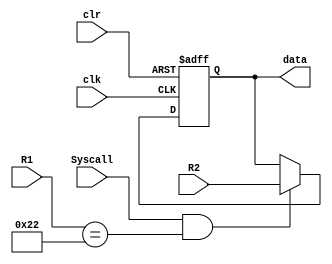
`timescale 1ns / 1ps
module LedData(Syscall, R1, R2, clk, clr, data);
    input Syscall, clk, clr;
    input [31:0] R1, R2;
    output reg [31:0]data;
    wire show;
    assign show = Syscall & (R1 == 34);
    

    initial begin
        data = 0;
    end
    
    always @(posedge clr or posedge clk) begin
		if(clr == 1) begin
			data = 0;
		end
		else if(show == 1) begin
			data = R2;
		end
	end

endmodule